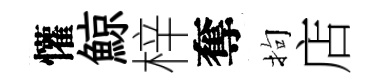
懽鯨梓奪拘店